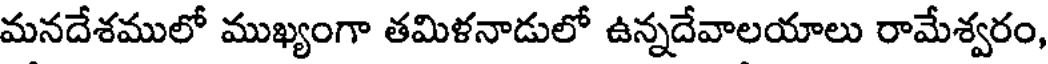
మనదేశములో ముఖ్యంగా తమిళనాడులో ఉన్నదేవాలయాలు రామేశ్వరం,